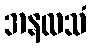
အနလသံ